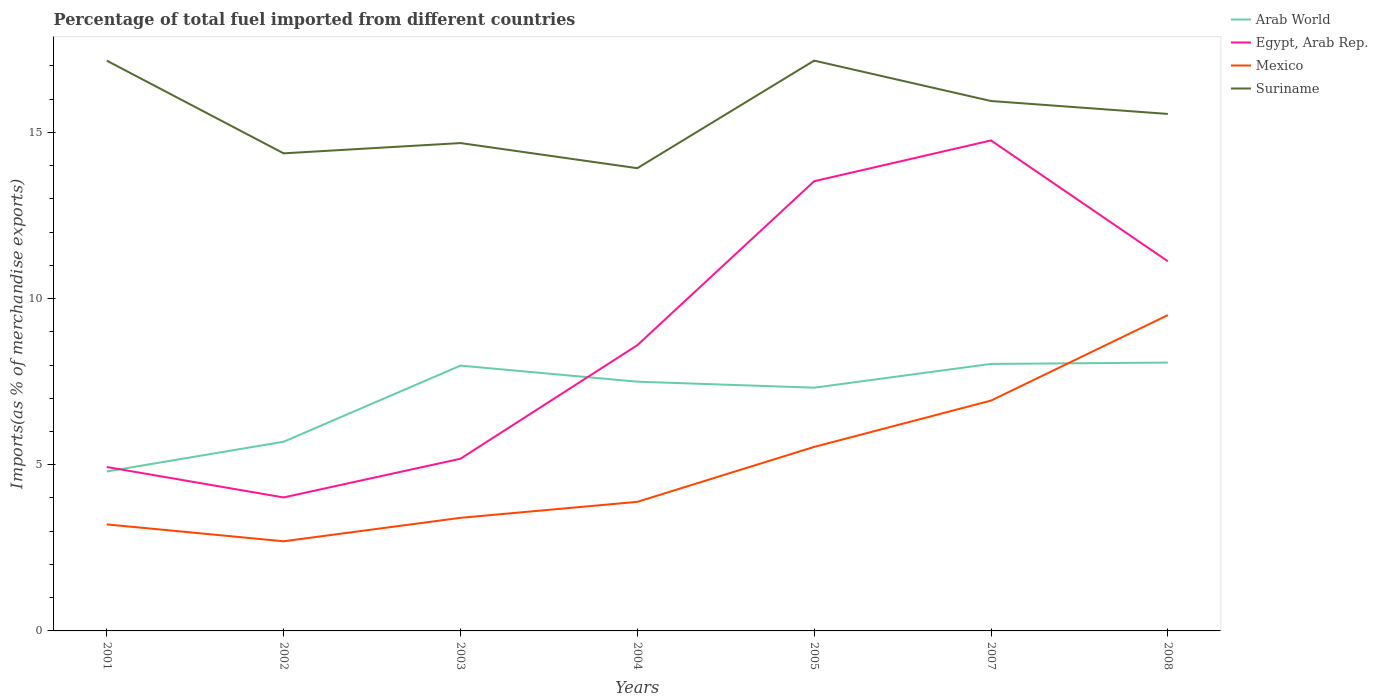
| Years | Arab World | Egypt, Arab Rep. | Mexico | Suriname |
 | --- | --- | --- | --- | --- |
 | 2001 | 4.8 | 4.93 | 3.21 | 17.2 |
 | 2002 | 5.69 | 4.02 | 2.7 | 14.4 |
 | 2003 | 7.98 | 5.18 | 3.4 | 14.7 |
 | 2004 | 7.5 | 8.6 | 3.88 | 13.9 |
 | 2005 | 7.32 | 13.5 | 5.54 | 17.2 |
 | 2007 | 8.03 | 14.8 | 6.93 | 15.9 |
 | 2008 | 8.07 | 11.1 | 9.5 | 15.6 |